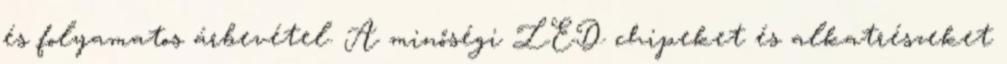
és folyamatos árbevétel. A minőségi LED chipeket és alkatrészeket